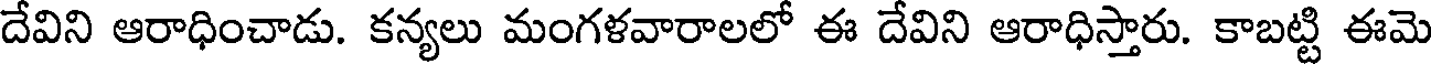
దేవిని ఆరాధించాడు. కన్యలు మంగళవారాలలో ఈ దేవిని ఆరాధిస్తారు. కాబట్టి ఈమె